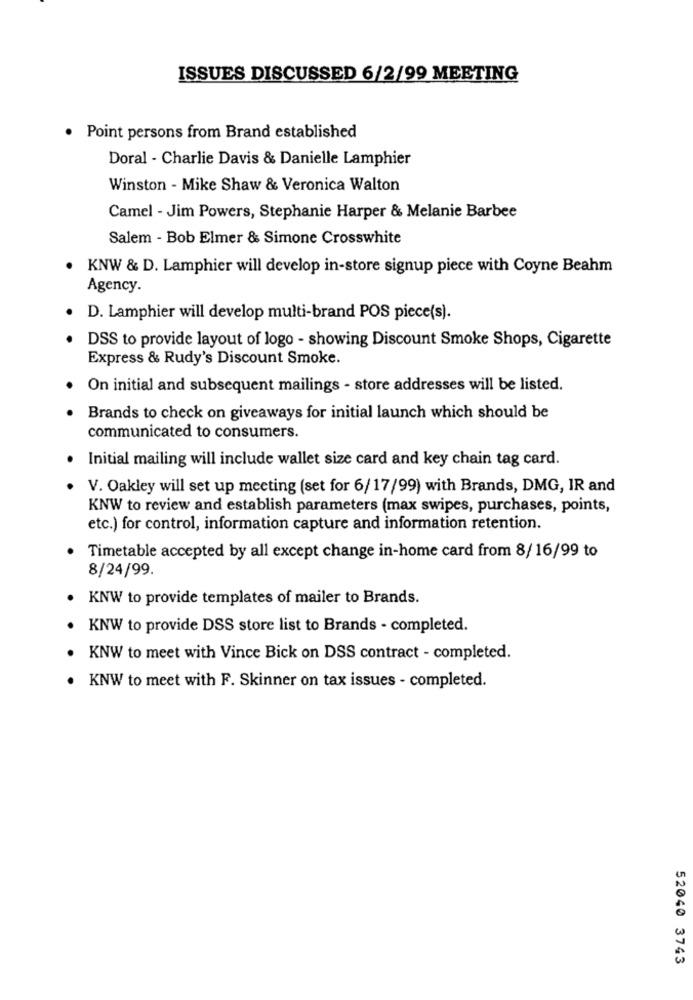
ISSUES DISCUSSED 6/2/99 MEETING
Point persons from Brand established
Doral - Charlie Davis & Danielle Lamphier
Winston - Mike Shaw & Veronica Walton
Camel - Jim Powers, Stephanie Harper & Melanie Barbee
Salem - Bob Elmer & Simone Crosswhite
KNW & D. Lamphier will develop in-store signup piece with Coyne Beahm
Agency.
D. Lamphier will develop multi-brand POS piece(s).
DSS to provide layout of logo - showing Discount Smoke Shops, Cigarette
Express & Rudy's Discount Smoke.
On initial and subsequent mailings - store addresses will be listed.
Brands to check on giveaways for initial launch which should be
communicated to consumers.
Initial mailing will include wallet size card and key chain tag card.
V. Oakley will set up meeting (set for 6/17/99) with Brands, DMG, IR and
KNW to review and establish parameters (max swipes, purchases, points,
etc.) for control, information capture and information retention.
Timetable accepted by all except change in-home card from 8/16/99 to
8/24/99.
KNW to provide templates of mailer to Brands.
KNW to provide DSS store list to Brands - completed.
KNW to meet with Vince Bick on DSS contract - completed.
KNW to meet with F. Skinner on tax issues - completed.
52040 3743